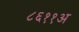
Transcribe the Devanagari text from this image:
८६११अ